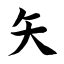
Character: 矢